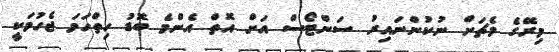
މިރޭގެ މެޗަށް ނުކުންނައިރު ސަންޓޯސް އަށް އޮތް އެންމެ ބޮޑު ހިތްހަމަ ޖެހުމަކީ